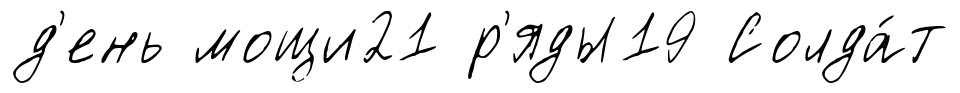
д'ень мощи21 р'яды19 Солда́т